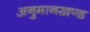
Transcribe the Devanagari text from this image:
अनुमानखण्ड